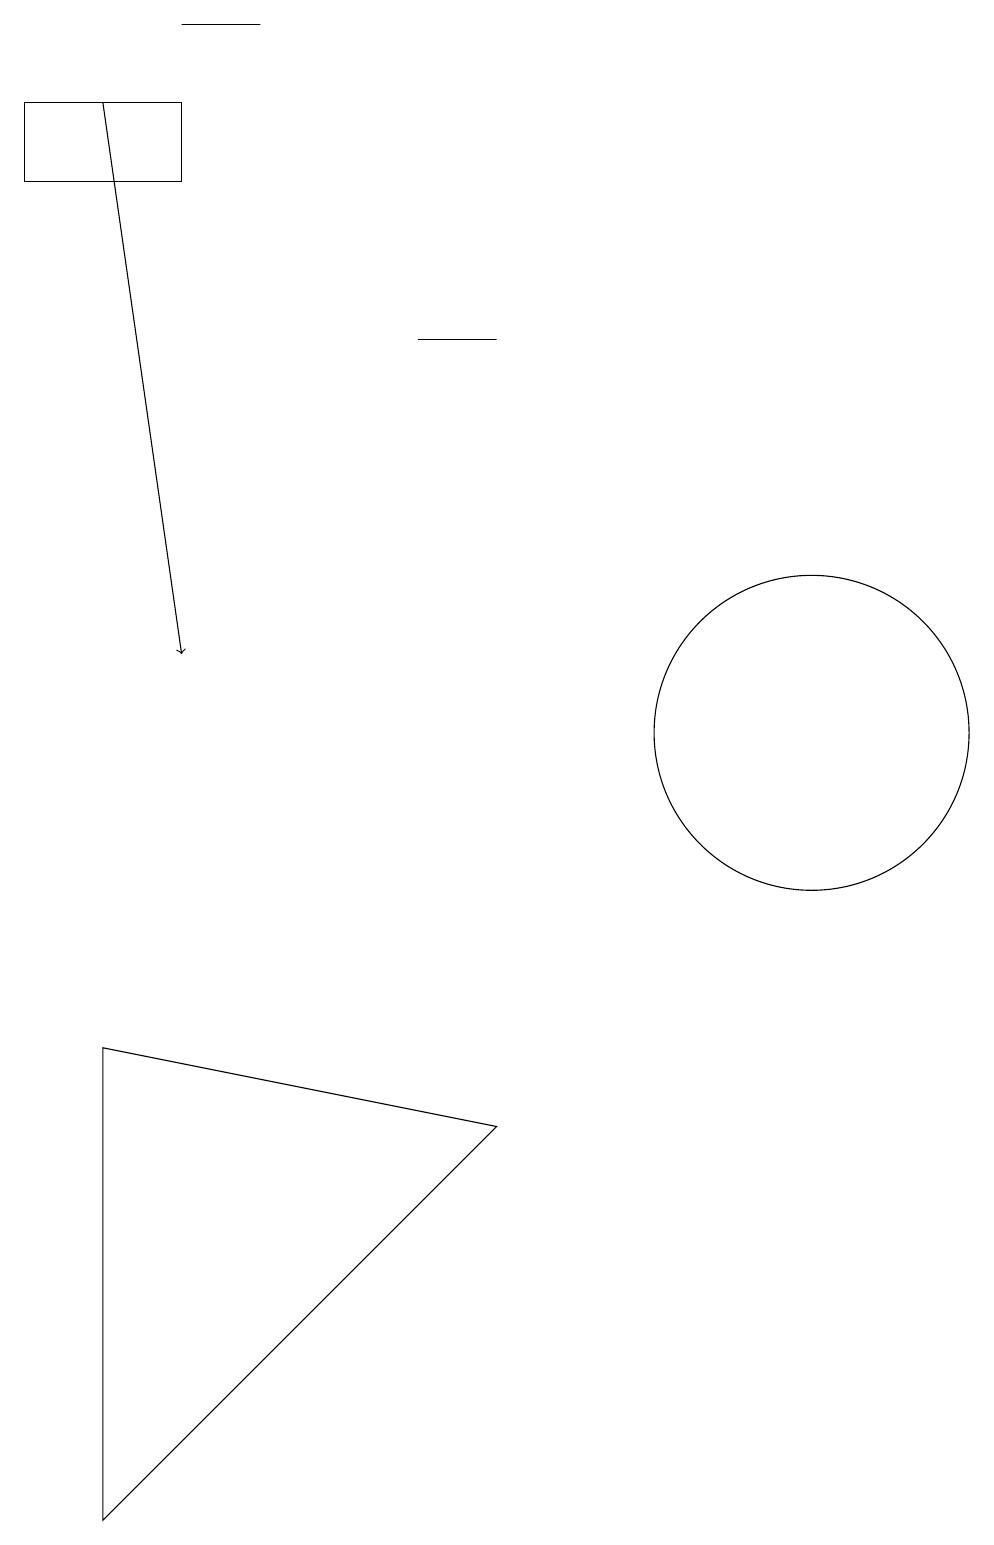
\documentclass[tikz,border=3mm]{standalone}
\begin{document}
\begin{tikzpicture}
\draw (3,6) -- (3,0) -- (8,5) -- cycle;
\draw (4,18) rectangle (2,17);
\draw[->] (3,18) -- (4,11);
\draw (8,15) rectangle (7,15);
\draw (11,11) circle (0);
\draw (12,10) circle (2);
\draw (5,19) rectangle (4,19);
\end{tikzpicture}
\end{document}